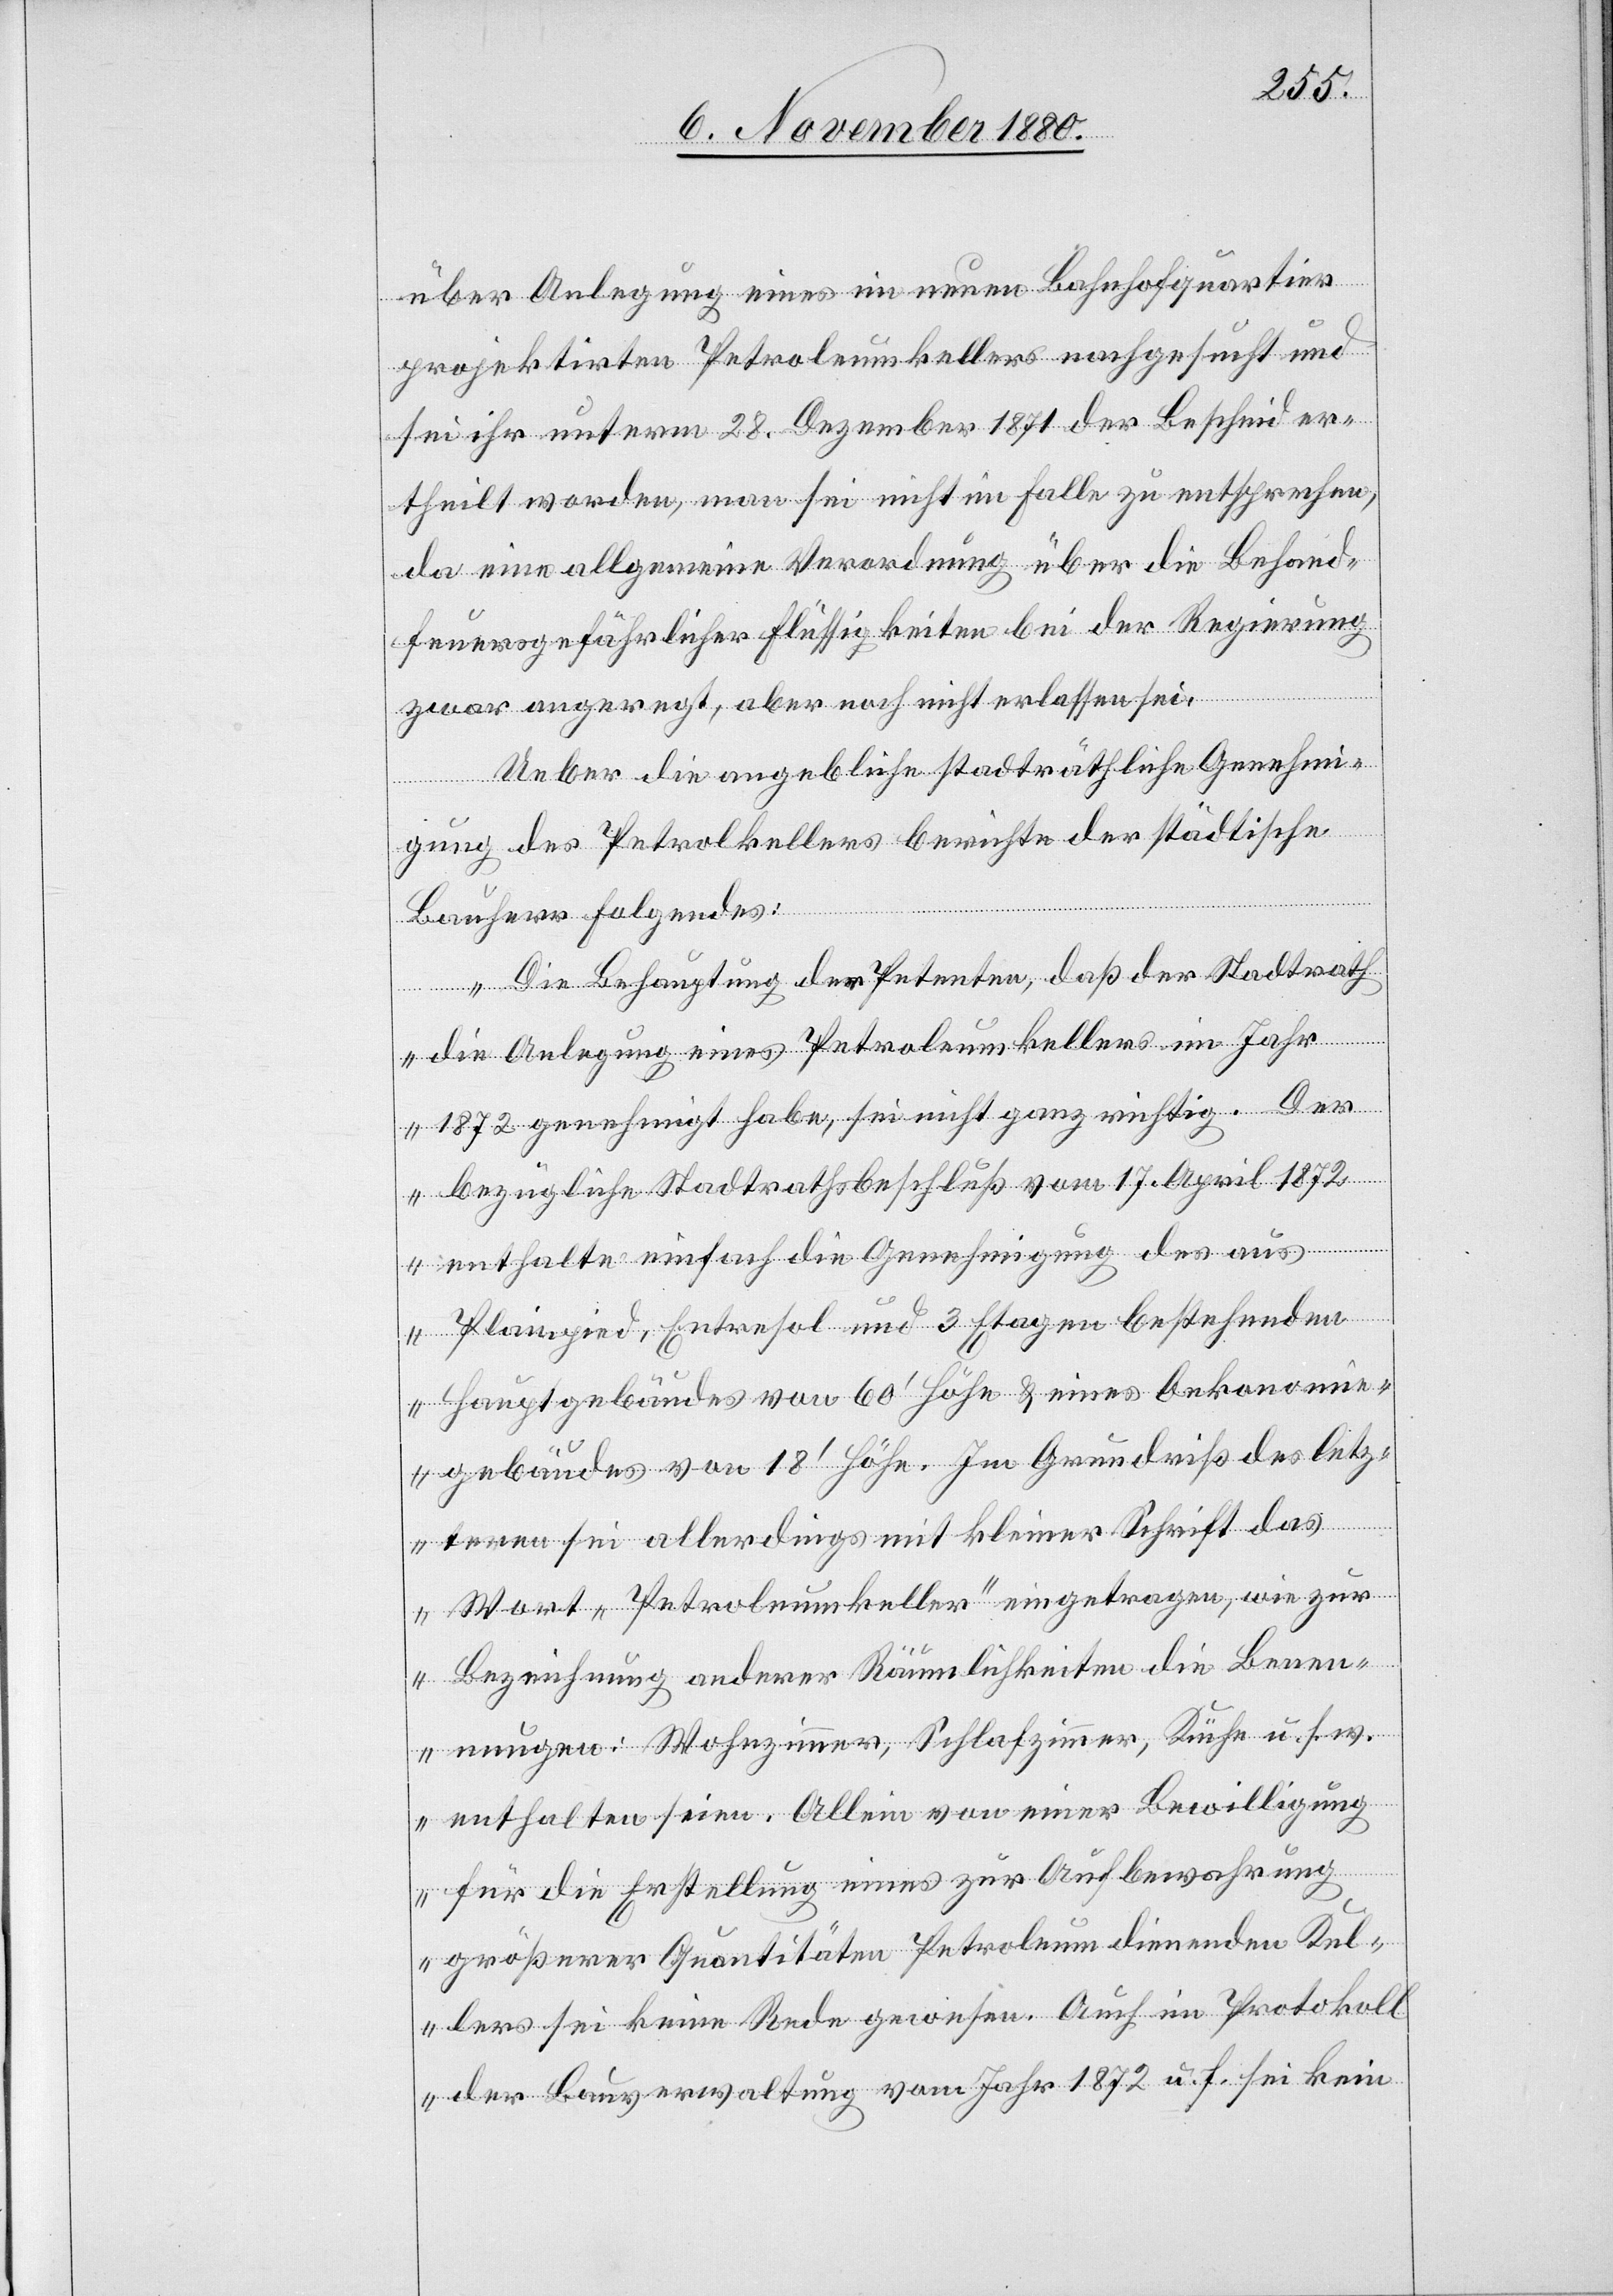
über Anlegung eines im neuen Bahnhofquartier
projektirten Petroleumkellers nachgesucht und
sei ihr unterm 28. Dezember 1871 der Bescheid er¬
theilt worden, man sei nicht im Falle zu entsprechen,
da eine allgemeine Verordnung über die Behand[l¬
feuersgefährlicher Flüssigkeiten bei der Regierung
zwar angeregt, aber noch nicht erlassen sei.
Ueber die angebliche stadträthliche Genehmi¬
ung]
gung des Petrolkellers berichte der städtische
Bauherr folgendes:
„Die Behauptung der Petenten, daß der Stadtrath
die Anlegung eines Petroleumkeller im Jahr
1872 genehmigt habe, sei nicht ganz richtig. Der
bezügliche Stadtrathsbeschluß vom 17. April 1872
enthalte einfach die Genehmigung des aus
Plainpied, Entresol und 3 Etagen bestehende¬
s Hauptgebäudes von 60‘ Höhe & eines Oekonomie¬
gebäudes von 18‘ Höhe. Im Grundriß des letz¬
tern sei allerdings mit kleiner Schrift das
Wort „Petroleumkeller“ eingetragen, wie zur
Bezeichnung anderer Räumlichkeiten die Benen¬
nungen: Wohnzimmer, Schlafzimmer, Küche u. s. w.
enthalten seien. Allein von einer Bewilligung
für die Erstellung eines zur Aufbewahrung
größerer Quantitäten Petroleum dienenden Kel¬
lers sei keine Rede gewesen. Auch im Protokoll
der Bauverwaltung vom Jahr 1872 u. f. sei kein